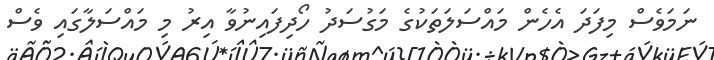
ނަމަވެސް މިފަދަ އެހެން މައްސަލަތަކުގެ މަގުސަދު ހޯދިފައިނުވާ އިރު މި މައްސަލާގައި ވެސް